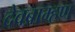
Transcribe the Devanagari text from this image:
देवब्राम्हण